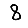
Digit: 8